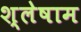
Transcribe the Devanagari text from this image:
श्लेषाम